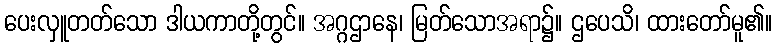
ပေးလှူတတ်သော ဒါယကာတို့တွင်။ အဂ္ဂဌာနေ၊ မြတ်သောအရာ၌။ ဌပေသိ၊ ထားတော်မူ၏။